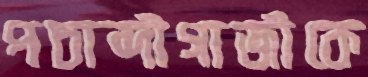
পচাব্দীগাজীকে